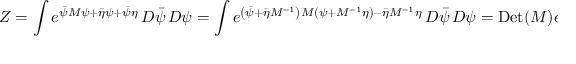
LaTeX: Z = \int e ^ { { \bar { \psi } } M \psi + { \bar { \eta } } \psi + { \bar { \psi } } \eta } \, D { \bar { \psi } } \, D \psi = \int e ^ { \left( { \bar { \psi } } + { \bar { \eta } } M ^ { - 1 } \right) M \left( \psi + M ^ { - 1 } \eta \right) - { \bar { \eta } } M ^ { - 1 } \eta } \, D { \bar { \psi } } \, D \psi = \mathrm { D e t } ( M ) e ^ { - { \bar { \eta } } M ^ { - 1 } \eta } \, ,